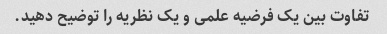
تفاوت بین یک فرضیه علمی و یک نظریه را توضیح دهید.